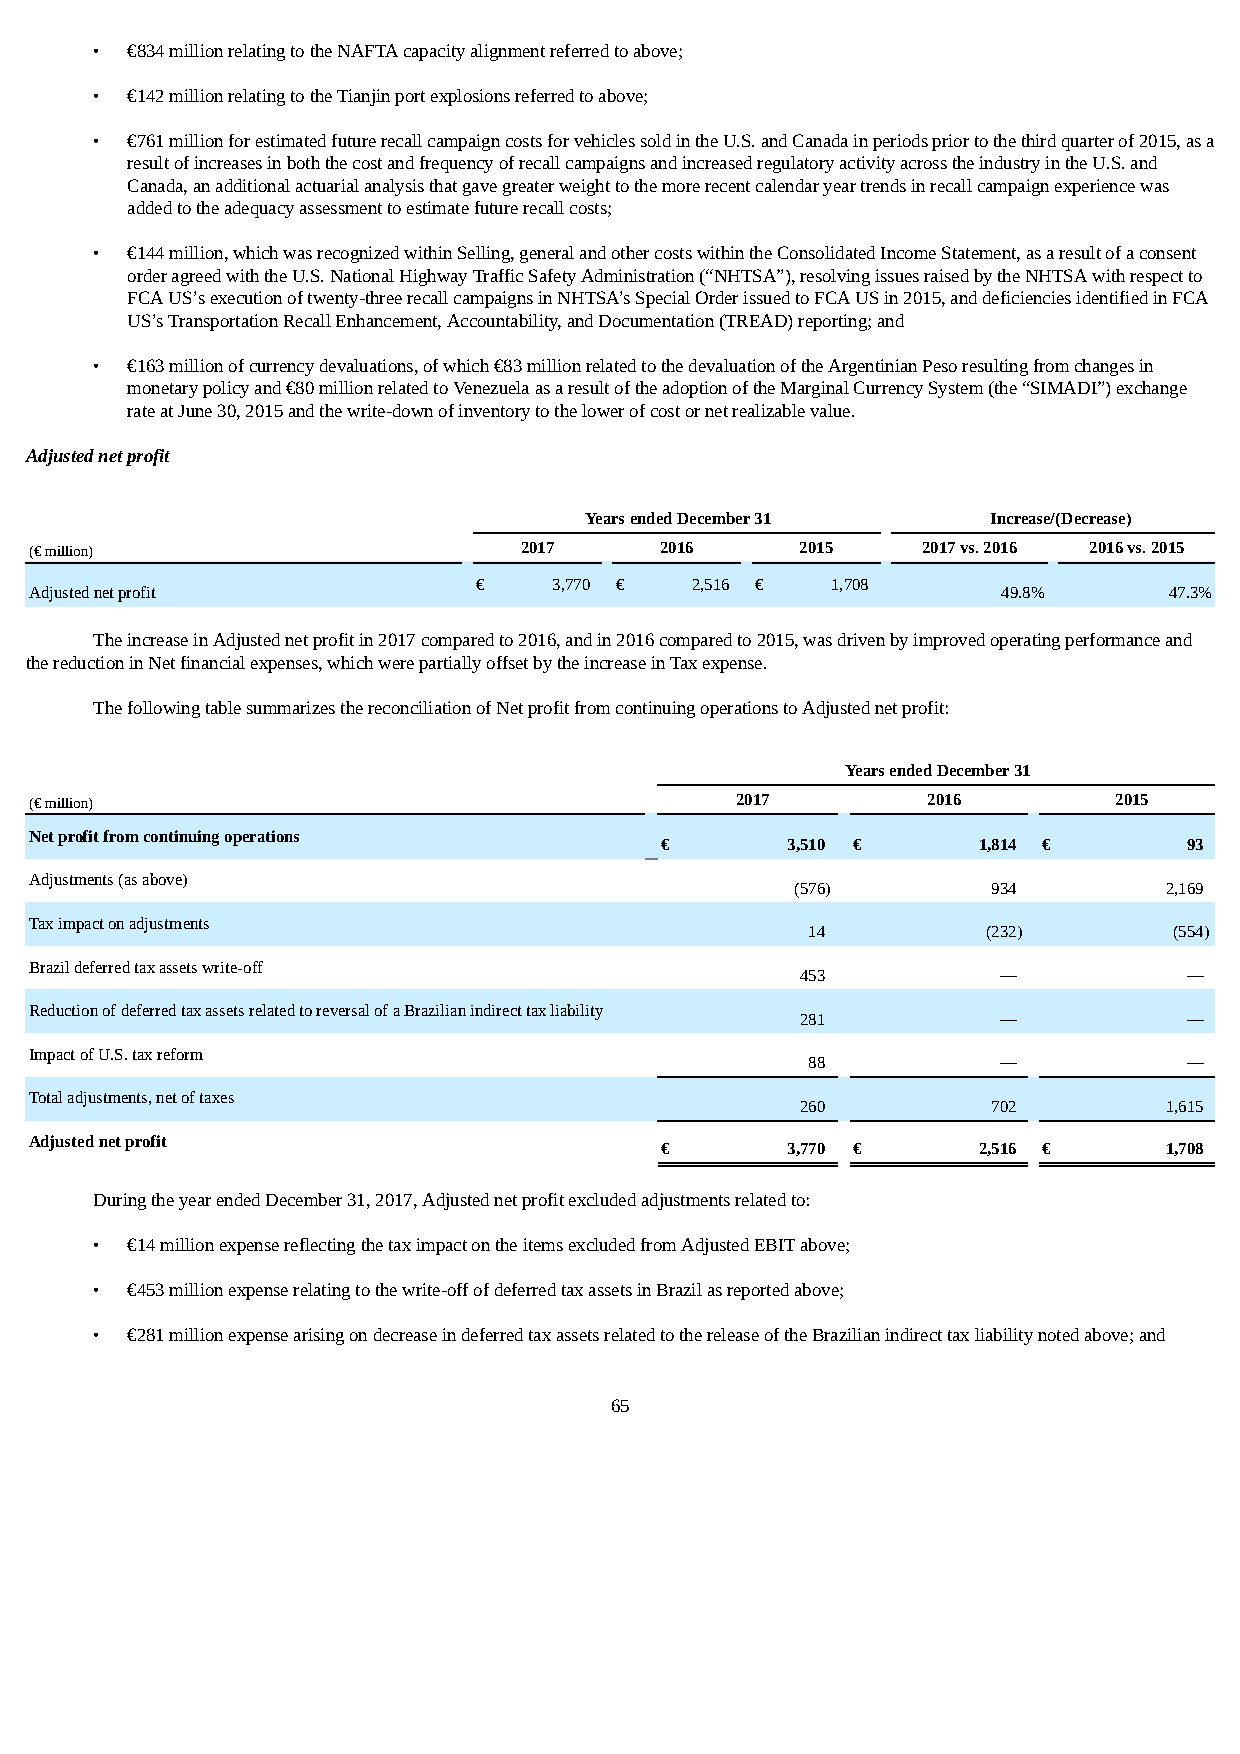
• €834 million relating to the NAFTA capacity alignment referred to above;
 • €142 million relating to the Tianjin port explosions referred to above;
 • €761 million for estimated future recall campaign costs for vehicles sold in the U.S. and Canada in periods prior to the third quarter of 2015, as a
 result of increases in both the cost and frequency of recall campaigns and increased regulatory activity across the industry in the U.S. and
 Canada, an additional actuarial analysis that gave greater weight to the more recent calendar year trends in recall campaign experience was
 added to the adequacy assessment to estimate future recall costs;
 • €144 million, which was recognized within Selling, general and other costs within the Consolidated Income Statement, as a result of a consent
 order agreed with the U.S. National Highway Traffic Safety Administration (“NHTSA”), resolving issues raised by the NHTSA with respect to
 FCA US’s execution of twenty-three recall campaigns in NHTSA’s Special Order issued to FCA US in 2015, and deficiencies identified in FCA
 US’s Transportation Recall Enhancement, Accountability, and Documentation (TREAD) reporting; and
 • €163 million of currency devaluations, of which €83 million related to the devaluation of the Argentinian Peso resulting from changes in
 monetary policy and €80 million related to Venezuela as a result of the adoption of the Marginal Currency System (the “SIMADI”) exchange
 rate at June 30, 2015 and the write-down of inventory to the lower of cost or net realizable value.
 Adjusted net profit
 Years ended December 31    Increase/(Decrease)
 (€ million)                     2017      2016     2015    2017 vs. 2016 2016 vs. 2015
 €    3,770 €  2,516 €  1,708
 Adjusted net profit                                             49.8%      47.3%
 The increase in Adjusted net profit in 2017 compared to 2016, and in 2016 compared to 2015, was driven by improved operating performance and
 the reduction in Net financial expenses, which were partially offset by the increase in Tax expense.
 The following table summarizes the reconciliation of Net profit from continuing operations to Adjusted net profit:
 Years ended December 31
 (€ million)                                    2017        2016         2015
 Net profit from continuing operations
 €       3,510 €      1,814 €       93
 Adjustments (as above)
 (576)        934        2,169
 Tax impact on adjustments
 14          (232)        (554)
 Brazil deferred tax assets write-off
 453          —            —
 Reduction of deferred tax assets related to reversal of a Brazilian indirect tax liability
 281          —            —
 Impact of U.S. tax reform
 88           —            —
 Total adjustments, net of taxes
 260          702        1,615
 Adjusted net profit
 €       3,770 €      2,516 €     1,708
 During the year ended December 31, 2017, Adjusted net profit excluded adjustments related to:
 • €14 million expense reflecting the tax impact on the items excluded from Adjusted EBIT above;
 • €453 million expense relating to the write-off of deferred tax assets in Brazil as reported above;
 • €281 million expense arising on decrease in deferred tax assets related to the release of the Brazilian indirect tax liability noted above; and
 65